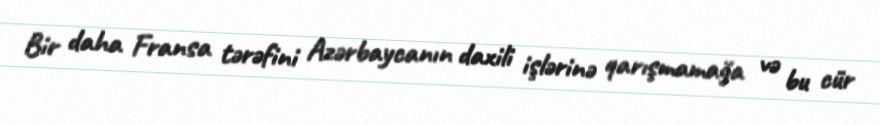
Bir daha Fransa tərəfini Azərbaycanın daxili işlərinə qarışmamağa və bu cür